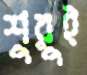
শুরুই